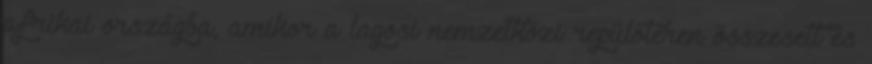
afrikai országba, amikor a lagosi nemzetközi repülőtéren összesett és